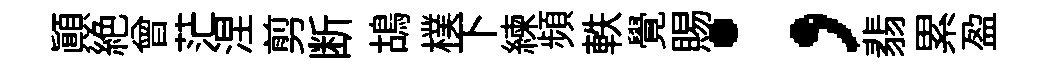
顛絶曾茫涅剪断鴣樸下練頻軼覺賜；翡累盈